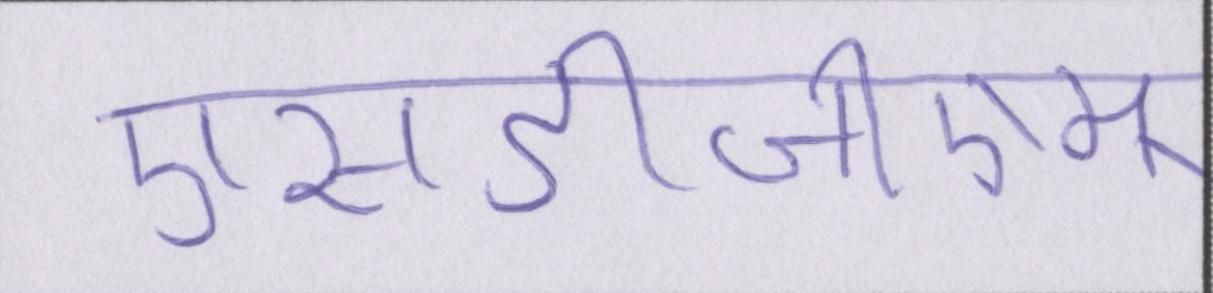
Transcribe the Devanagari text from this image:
एसडीजीएम्